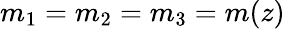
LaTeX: m_{1}=m_{2}=m_{3}=m(z)